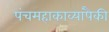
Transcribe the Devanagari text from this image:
पंचमहाकाव्यांपैकी